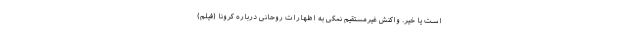
است یا خیر. واکنش غیرمستقیم نمکی به اظهارات روحانی درباره کرونا (فیلم)